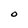
Character: O